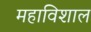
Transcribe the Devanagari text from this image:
महाविशाल